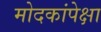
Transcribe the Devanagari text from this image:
मोदकांपेक्षा